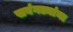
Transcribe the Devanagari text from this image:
सवंगड्यांना